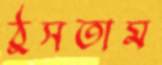
ঠুসতাম